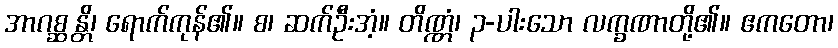
အာဂစ္ဆန္တိ၊ ရောက်ကုန်၏။ စ၊ ဆက်ဦးအံ့။ တိဏ္ဏံ၊ ၃-ပါးသော လက္ခဏာတို့၏။ ဧကတော၊